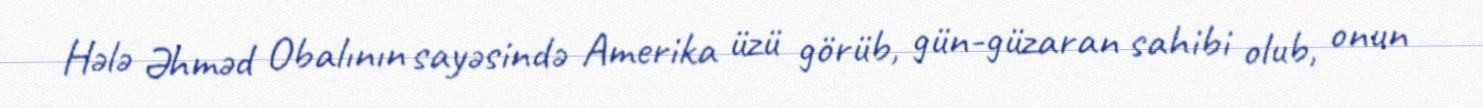
Hələ Əhməd Obalının sayəsində Amerika üzü görüb, gün-güzaran sahibi olub, onun